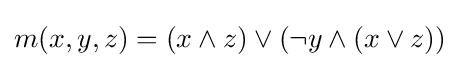
m(x,y,z)=(x\wedge z)\vee (\neg y\wedge (x\vee z))